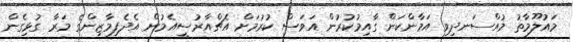
މައުލޫމާތު މުއްސަނދިވި އަމާންކަން ގާއިމުކުރުން އަވަސް ކުރުމަށް އެޗްއާރުސީއެމުން އެދެފިމާޒިންގެ މަރާ ގުޅިގެން